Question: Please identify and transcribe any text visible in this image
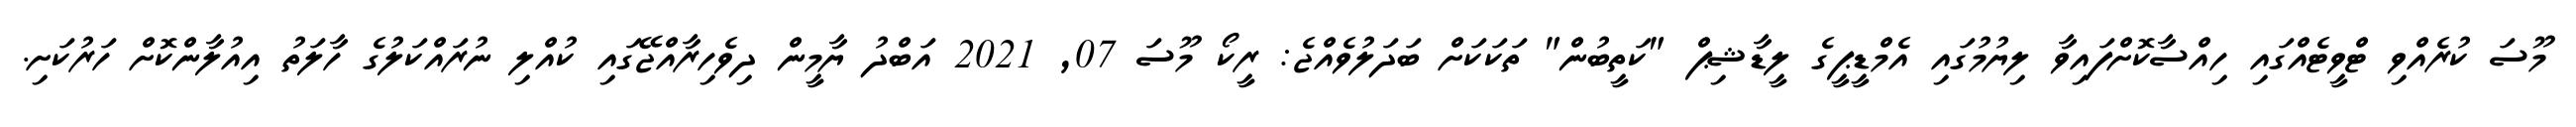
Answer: މޫސަ ކުރެއްވި ޓްވީޓެއްގައި ހިއްސާކޮށްފައިވާ ލިޔުމުގައި އެމްޑީޕީގެ ލީޑާޝިޕް "ކަތީބުން" ތަކަކަށް ބަދަލުވެއްޖެ: ރީކޯ މޫސަ 07, 2021 އަބްދު ޔާމީން ދިވެހިރާއްޖޭގައި ކުއްލި ނުރައްކަލުގެ ހާލަތު އިއުލާންކޮށް ހަރުކަށި.